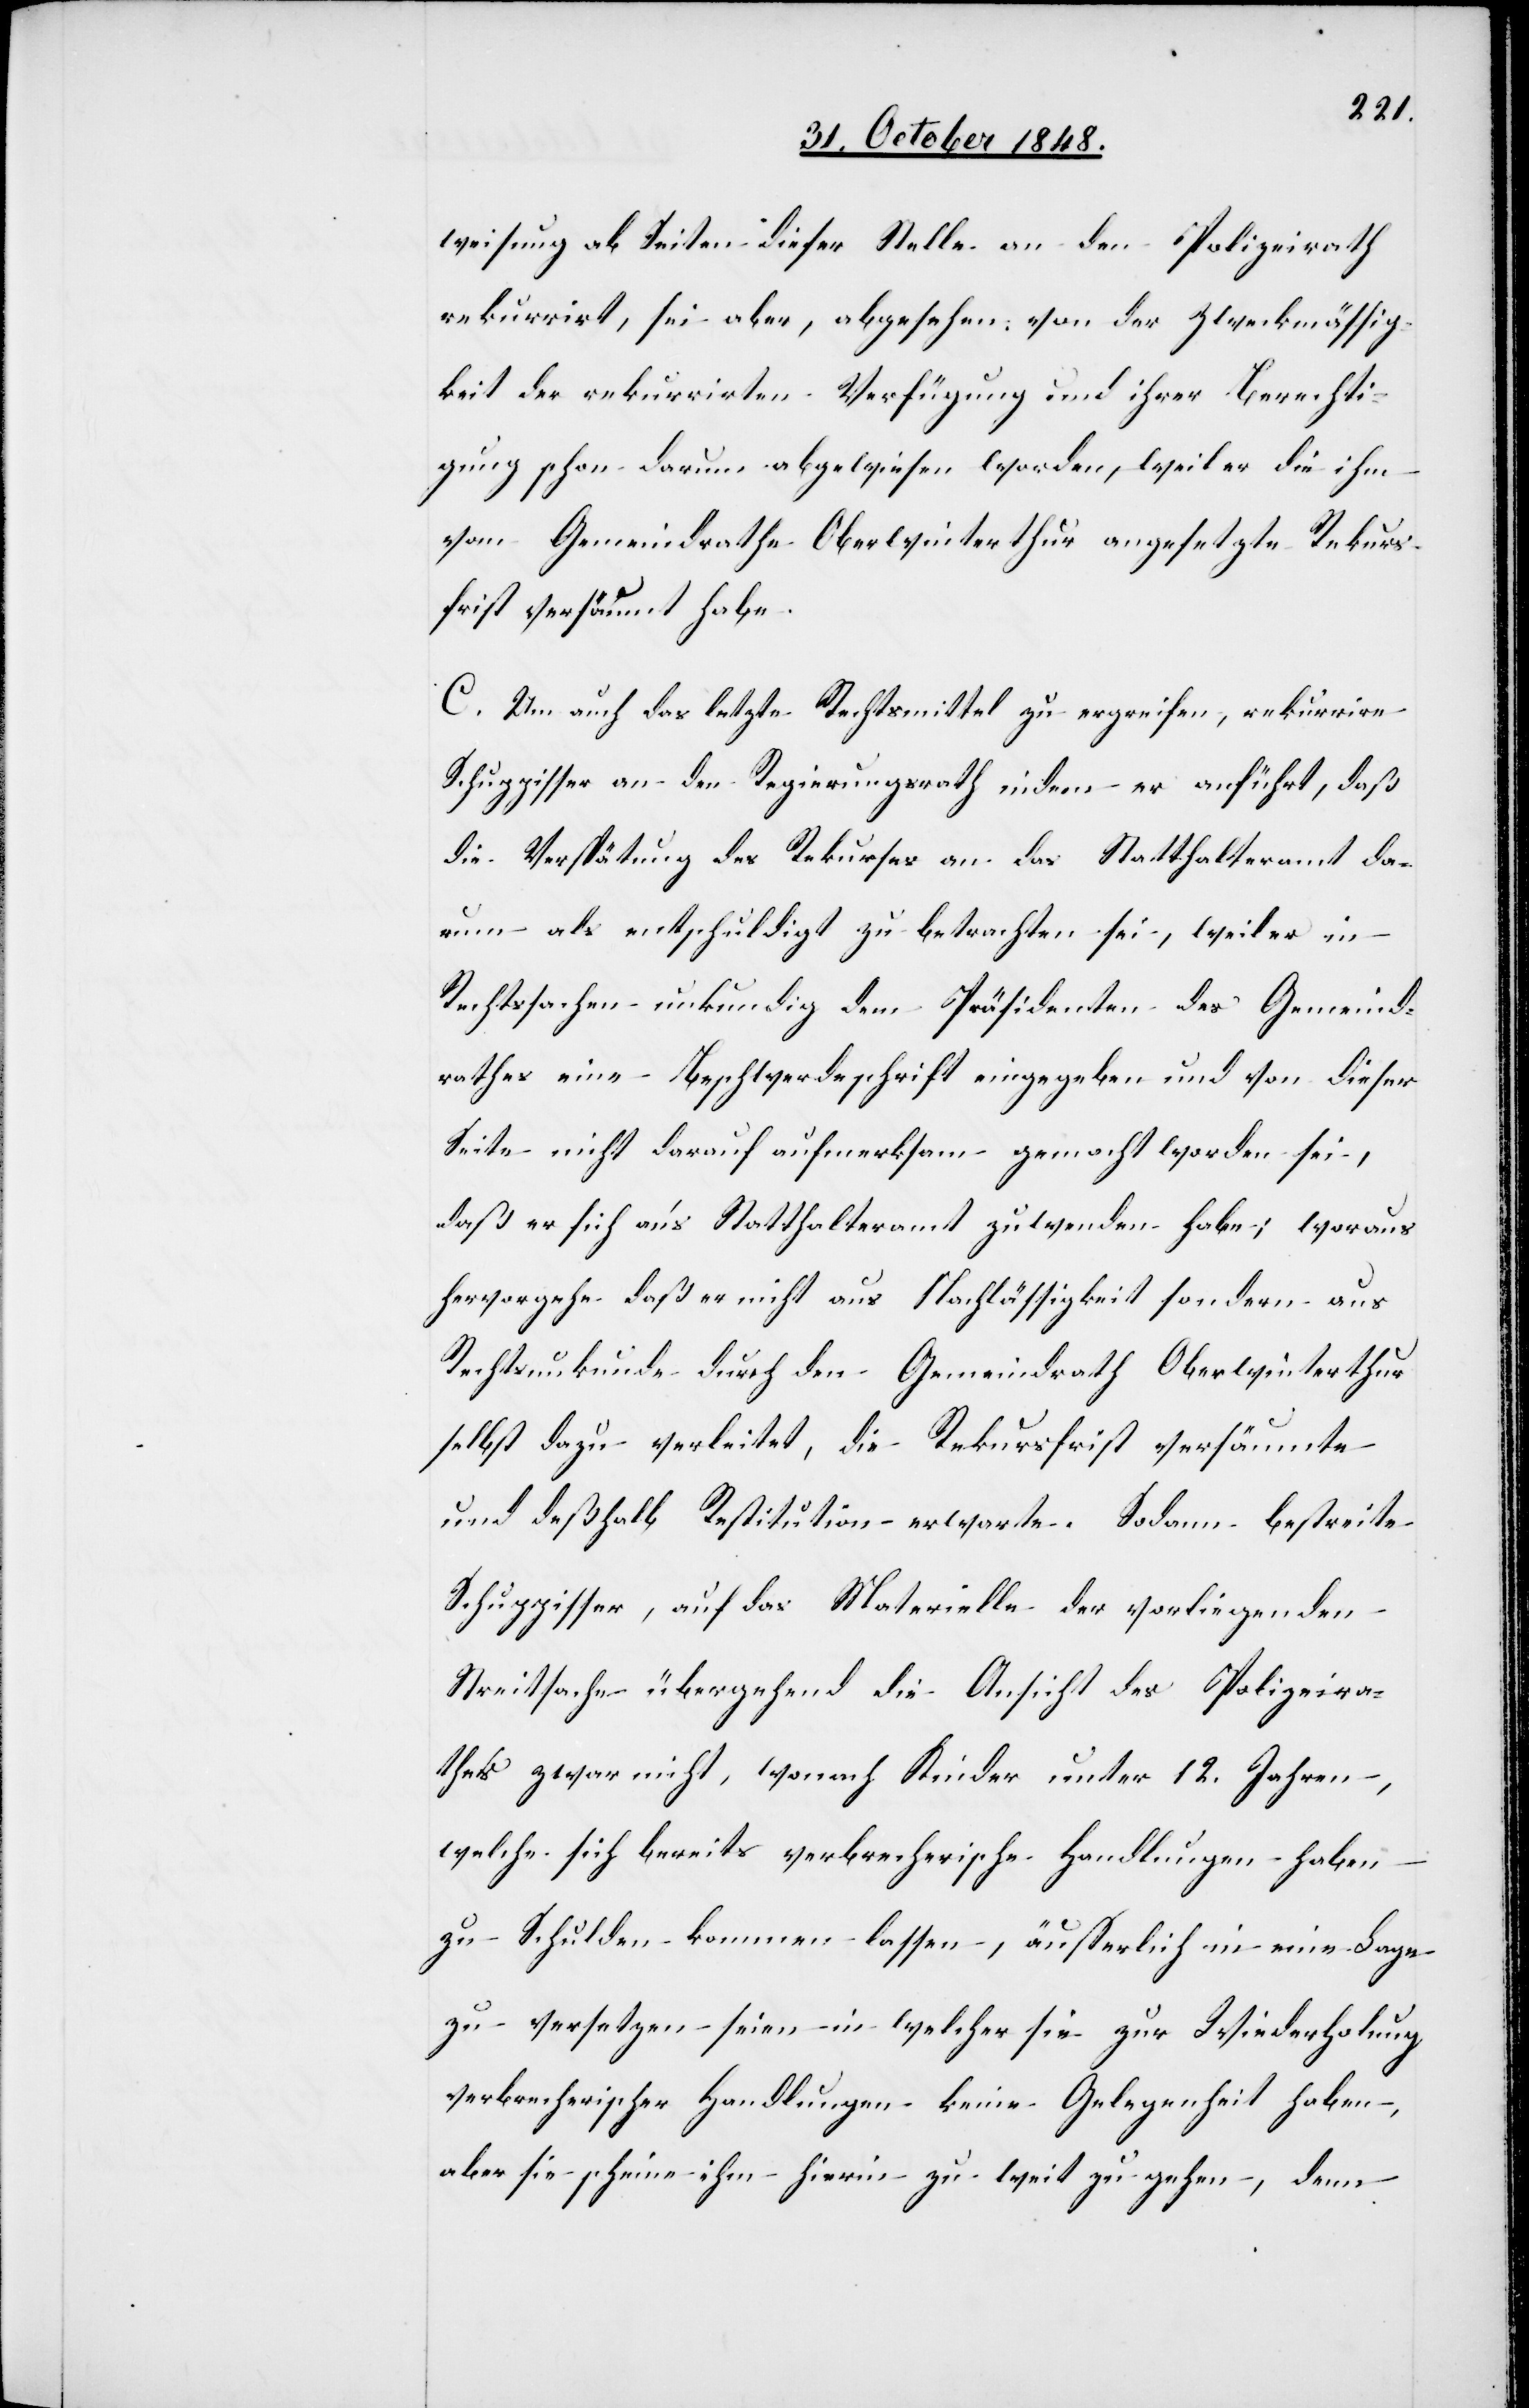
weisung ab Seiten dieser Stelle an den Polizeirath
rekurrirt, sei aber, abgesehen von der Zweckmäßig¬
keit der rekurrirten Verfügung und ihrer Berechti¬
gung schon darum abgewiesen worden, weil er die ihm
vom Gemeindrathe Oberwinterthur angesetzte Rekurs¬
frist versäumt habe.
C. Um auch das letzte Rechtsmittel zu ergreifen, rekurrire
Schuppisser an den Regierungsrath indem er anführt, daß
die Verspätung des Rekurses an das Statthalteramt da¬
rum als entschuldigt zu betrachten sei, weil er in
Rechtssachen unkundig dem Präsidenten des Gemeind¬
rathes eine Beschwerdeschrift eingegeben und von dieser
Seite nicht darauf aufmerksam gemacht worden sei,
daß er sich an’s Statthalteramt zuwenden habe; woraus
hervorgehe daß er nicht aus Nachlässigkeit sondern aus
Rechtsunkunde durch den Gemeindrath Oberwinterthur
selbst dazu verleitet, die Rekursfrist versäumte
und deßhalb Restitution erwarte. Sodann bestreite
Schuppisser, auf das Materielle der vorliegenden
Streitsache übergehend die Ansicht des Polizeira¬
thes zwar nicht, wonach Kinder unter 12. Jahren,
welche sich bereits verbrecherische Handlungen haben
zu Schulden kommen lassen, äußerlich in eine Lage
zu versetzen seien in welcher sie zur Wiederholung
verbrecherischer Handlungen keine Gelegenheit haben,
aber sie scheine ihm hierin zu weit zu gehen, denn